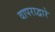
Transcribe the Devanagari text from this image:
वापराद्वारे